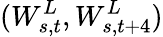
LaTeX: (W_{s,t}^{L},W_{s,t+4}^{L})